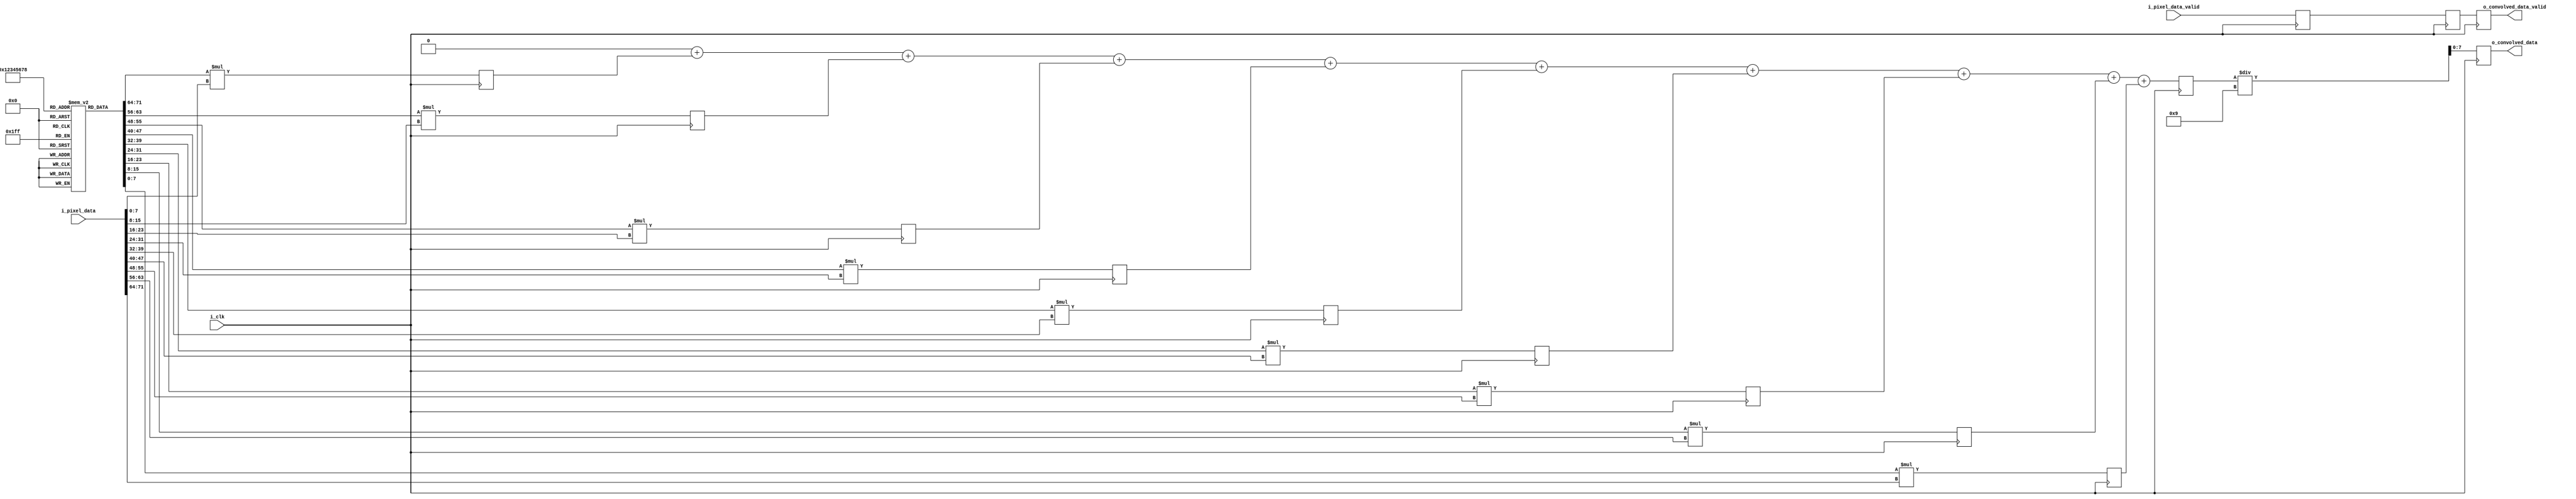
`timescale 1ns / 1ps
//////////////////////////////////////////////////////////////////////////////////
// Company: 
// Engineer: 
// 
// Design Name: 
// Module Name: Convolut
// Project Name: 
// Target Devices: 
// Tool Versions: 
// Description: 
// 
// Dependencies: 
// 
// Revision:
// Revision 0.01 - File Created
// Additional Comments:
// 
//////////////////////////////////////////////////////////////////////////////////


module conv(
input        i_clk,
input [71:0] i_pixel_data,             //9pixels(kernel size), 8 bis each. 9*8=72bits
input        i_pixel_data_valid,
output reg [7:0] o_convolved_data,
output reg   o_convolved_data_valid
    );
    
integer i; 
reg [7:0] kernel [8:0];
reg [15:0] multData[8:0];
reg [15:0] sumDataInt;
reg [15:0] sumData;
reg multDataValid;
reg sumDataValid;
reg convolved_data_valid;

initial
begin
    for(i=0;i<9;i=i+1)
    begin
        kernel[i] = 1;              //kernel for blurring; 
    end
end    
    
always @(posedge i_clk)
begin
    for(i=0;i<9;i=i+1)
    begin
        multData[i] <= kernel[i]*i_pixel_data[i*8+:8];
    end
    multDataValid <= i_pixel_data_valid;
end


always @(*)
begin
    sumDataInt = 0;
    for(i=0;i<9;i=i+1)
    begin
        sumDataInt = sumDataInt + multData[i];
    end
end

always @(posedge i_clk)
begin
    sumData <= sumDataInt;
    sumDataValid <= multDataValid;
end
    
always @(posedge i_clk)
begin
    o_convolved_data <= sumData/9;
    o_convolved_data_valid <= sumDataValid;
end
    
    
endmodule